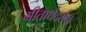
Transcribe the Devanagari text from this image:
गीतार्थदर्शन